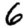
Digit: 6